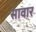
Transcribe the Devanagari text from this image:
सावार